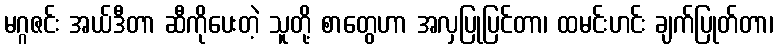
မဂ္ဂဇင်း အယ်ဒီတာ ဆီကိုပေးတဲ့ သူတို့ စာတွေဟာ အလှပြုပြင်တာ၊ ထမင်းဟင်း ချက်ပြုတ်တာ၊